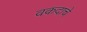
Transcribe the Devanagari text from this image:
वकदाचे